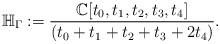
LaTeX: \begin{align*}\mathbb{H}_{\Gamma}:= \frac{\mathbb{C}[t_0,t_1,t_2,t_3,t_4]}{(t_0+t_1+t_2+t_3+2t_4)}.\end{align*}